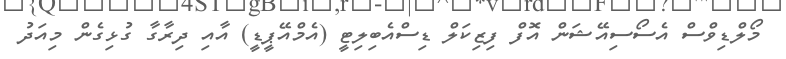
މޯލްޑިވްސް އެސޯސިއޭޝަން އޮފް ފިިޒިކަލް ޑިސްއެބިލިޓީ (އެމްއޭޕީޑީ) އާއި ދިރާގާ ގުޅިގެން މިއަދު